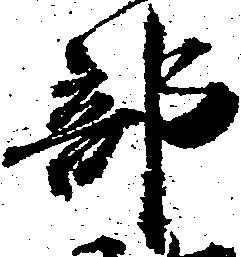
部